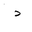
Letter: _dal